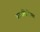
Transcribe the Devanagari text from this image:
बटरलिशियस